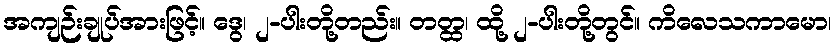
အကျဉ်းချုပ်အားဖြင့်။ ဒွေ၊ ၂-ပါးတို့တည်း။ တတ္ထ၊ ထို့ ၂-ပါးတို့တွင်။ ကိလေသကာမော၊